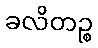
ခလိတဉ္စ